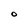
Character: O